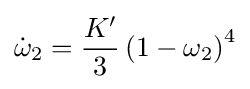
{\dot {\omega }}_{2}={\frac {K^{\prime }}{3}}\left(1-\omega _{2}\right)^{4}